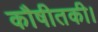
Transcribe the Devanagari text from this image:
कौषीतकी।